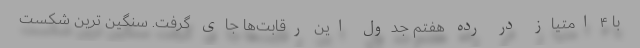
با ۴ امتیاز در رده هفتم جدول این رقابت‌ها جای گرفت. سنگین ترین شکست